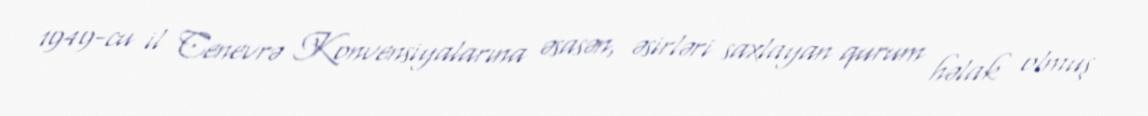
1949-cu il Cenevrə Konvensiyalarına əsasən, əsirləri saxlayan qurum həlak olmuş